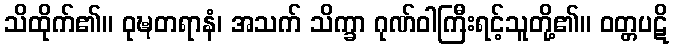
သိထိုက်၏။ ဝုဍ္ဎတရာနံ၊ အသက် သိက္ခာ ဂုဏ်ဝါကြီးရင့်သူတို့၏။ ဝတ္တပဋိ